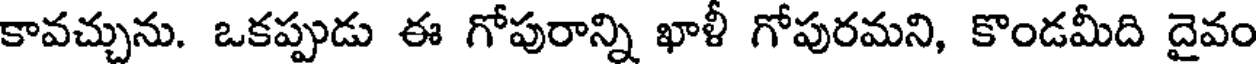
కావచ్చును. ఒకప్పుడు ఈ గోపురాన్ని ఖాళీ గోపురమని, కొండమీది దైవం